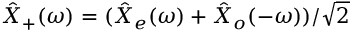
\hat { X } _ { + } ( \omega ) = ( \hat { X } _ { e } ( \omega ) + \hat { X } _ { o } ( - \omega ) ) / \sqrt { 2 }